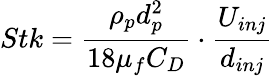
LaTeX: Stk=\frac{\rho_{p}d_{p}^{2}}{18\mu_{f}C_{D}}\cdot\frac{U_{inj}}{d_{inj}}